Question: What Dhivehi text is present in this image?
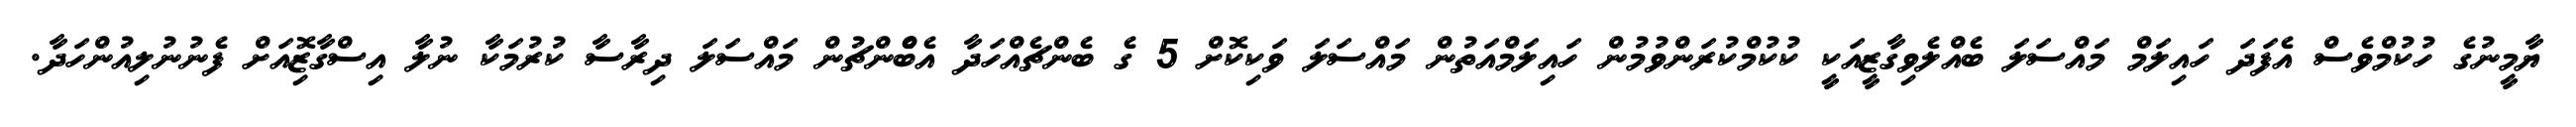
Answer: ޔާމީނުގެ ހުކުމްވެސް އެފަދަ ހައިލަމް މައްސަލަ ބެއްލެވިގާޒީއަކީ ކުކުމްކުރަންވުމުން ހައިލަމްއަތުން މައްސަލަ ވަކިކޮށް 5 ގެ ބެންޗެއްހަދާ އެބްެންޗުން މައްސަލަ ދިރާސާ ކުރުމަކާ ނުލާ އިސްގާޒޮިއަށް ފެނުނުލިއުންހަދާ.